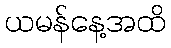
ယမန်နေ့အထိ